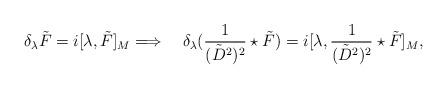
LaTeX: \begin{align*}\delta_\lambda \tilde F = i[\lambda, \tilde F]_M \Longrightarrow \quad\delta_\lambda(\frac1{(\tilde D^2)^2}\star\tilde F) =i[\lambda,\frac1{(\tilde D^2)^2}\star\tilde F]_M,\end{align*}